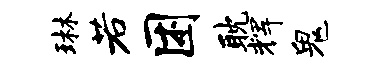
琳若困耽辉鬼